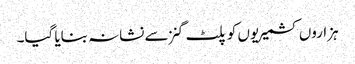
ہزاروں کشمیریوں کو پلٹ گنز سے نشانہ بنایا گیا۔